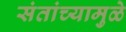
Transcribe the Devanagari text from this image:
संतांच्यामुळे